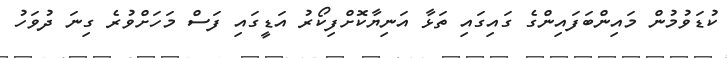
ކުޑަވުމުން މައިންބަފައިންގެ ގައިގައި ތަޅާ އަނިޔާކޮށްފިކޯރު އަޑީގައި ފަސް މަހަށްވުރެ ގިނަ ދުވަހު